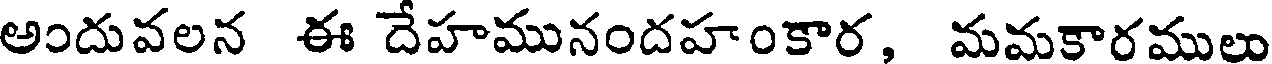
అందువలన ఈ దేహమునందహంకార, మమకారములు